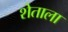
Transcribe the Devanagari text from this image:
शेताला